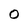
Character: 0